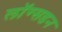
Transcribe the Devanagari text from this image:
लॉग्सडन